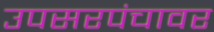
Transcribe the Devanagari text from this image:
उपसरपंचावर